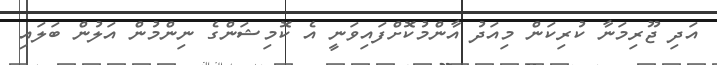
އަދި ޖޫރިމަނާ ކުރިކަން މިއަދު އާންމުކޮށްފައިވަނީ އެ ކޮމިޝަންގެ ނިންމުން އަލުން ބަލައި